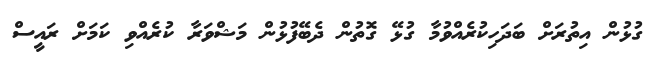
ގުޅުން އިތުރަށް ބަދަހިކުރެއްވުމާ ގުޅޭ ގޮތުން ދެބޭފުޅުން މަޝްވަރާ ކުރެއްވި ކަމަށް ރައީސް